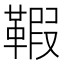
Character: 𩋥